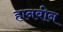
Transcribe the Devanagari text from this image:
हानबीन